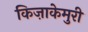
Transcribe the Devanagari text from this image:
किज़ाकेमुरी